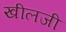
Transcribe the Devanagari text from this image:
खीलजी